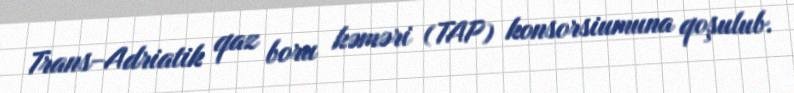
Trans-Adriatik qaz boru kəməri (TAP) konsorsiumuna qoşulub.